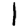
Digit: 1